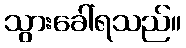
သွားခေါ်ရသည်။